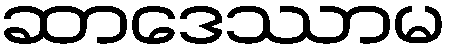
ဆာဒေဿာမ